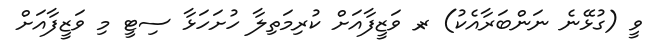
ވީ (ގުޅޭނެ ނަންބަރާއެކު) ރ- ވަޒީފާއަށް ކުރިމަތިލާ ހުށަހަޅާ ސިޓީ މި ވަޒީފާއަށް